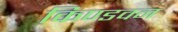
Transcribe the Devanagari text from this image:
किण्डवन